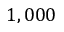
1 , 0 0 0